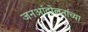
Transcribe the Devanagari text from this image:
जनआंदोलनांच्या